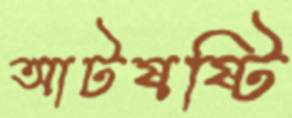
আটষষ্টি